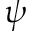
\psi